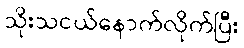
သိုးသငယ်နောက်လိုက်ပြီး